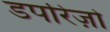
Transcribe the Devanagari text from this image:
डपरिज़ो